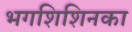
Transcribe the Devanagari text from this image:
भगशिशिनका